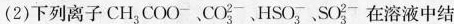
(2) 下列离子CH_{3}COO^{-}、CO_{3}^{2-} 、HSO_{3}^{-} 、SO_{3}^{2-} 在溶液中结